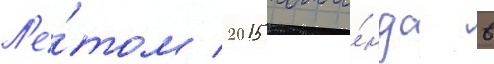
Л'е́том 2015 кома́нда в